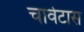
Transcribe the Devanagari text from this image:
चावेटास